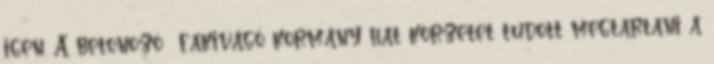
igen. A betonozó fakivágó kormány hat körzetet tudott megtartani a